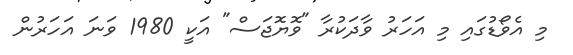
މި އެވޯޑުގައި މި އަހަރު ވާދަކުރާ "ވޮޔޮޖަސް" އަކީ 1980 ވަނަ އަހަރުން